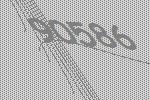
90586